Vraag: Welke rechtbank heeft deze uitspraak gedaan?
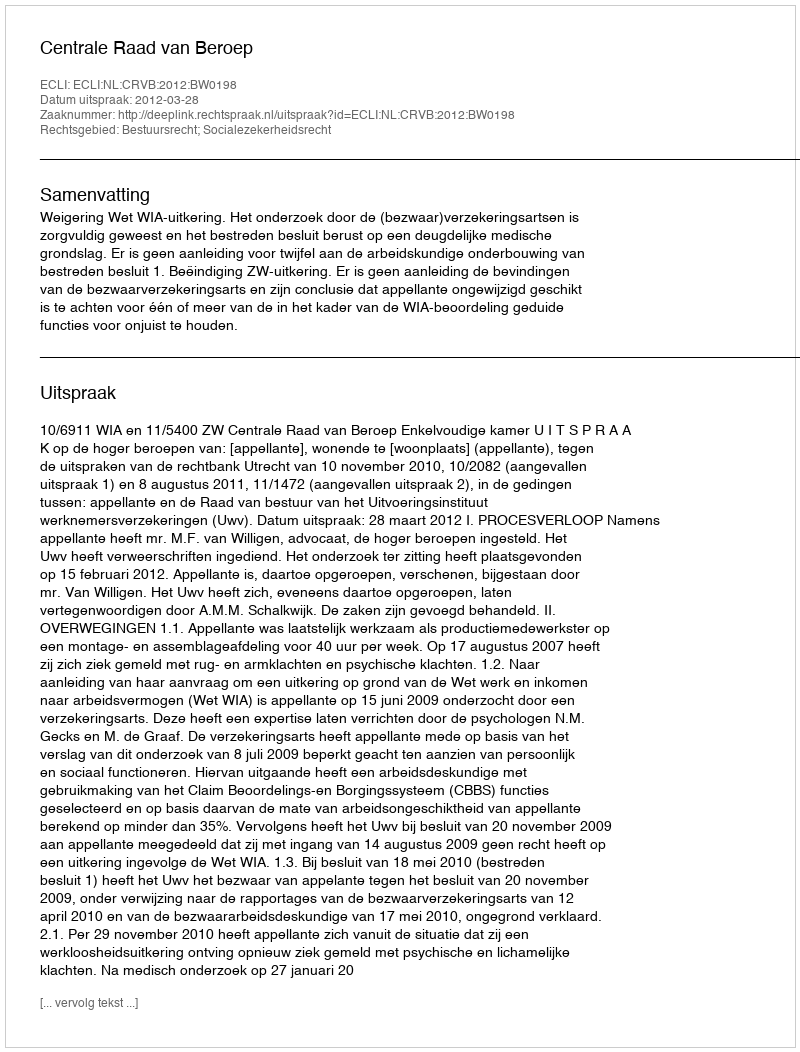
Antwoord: Centrale Raad van Beroep